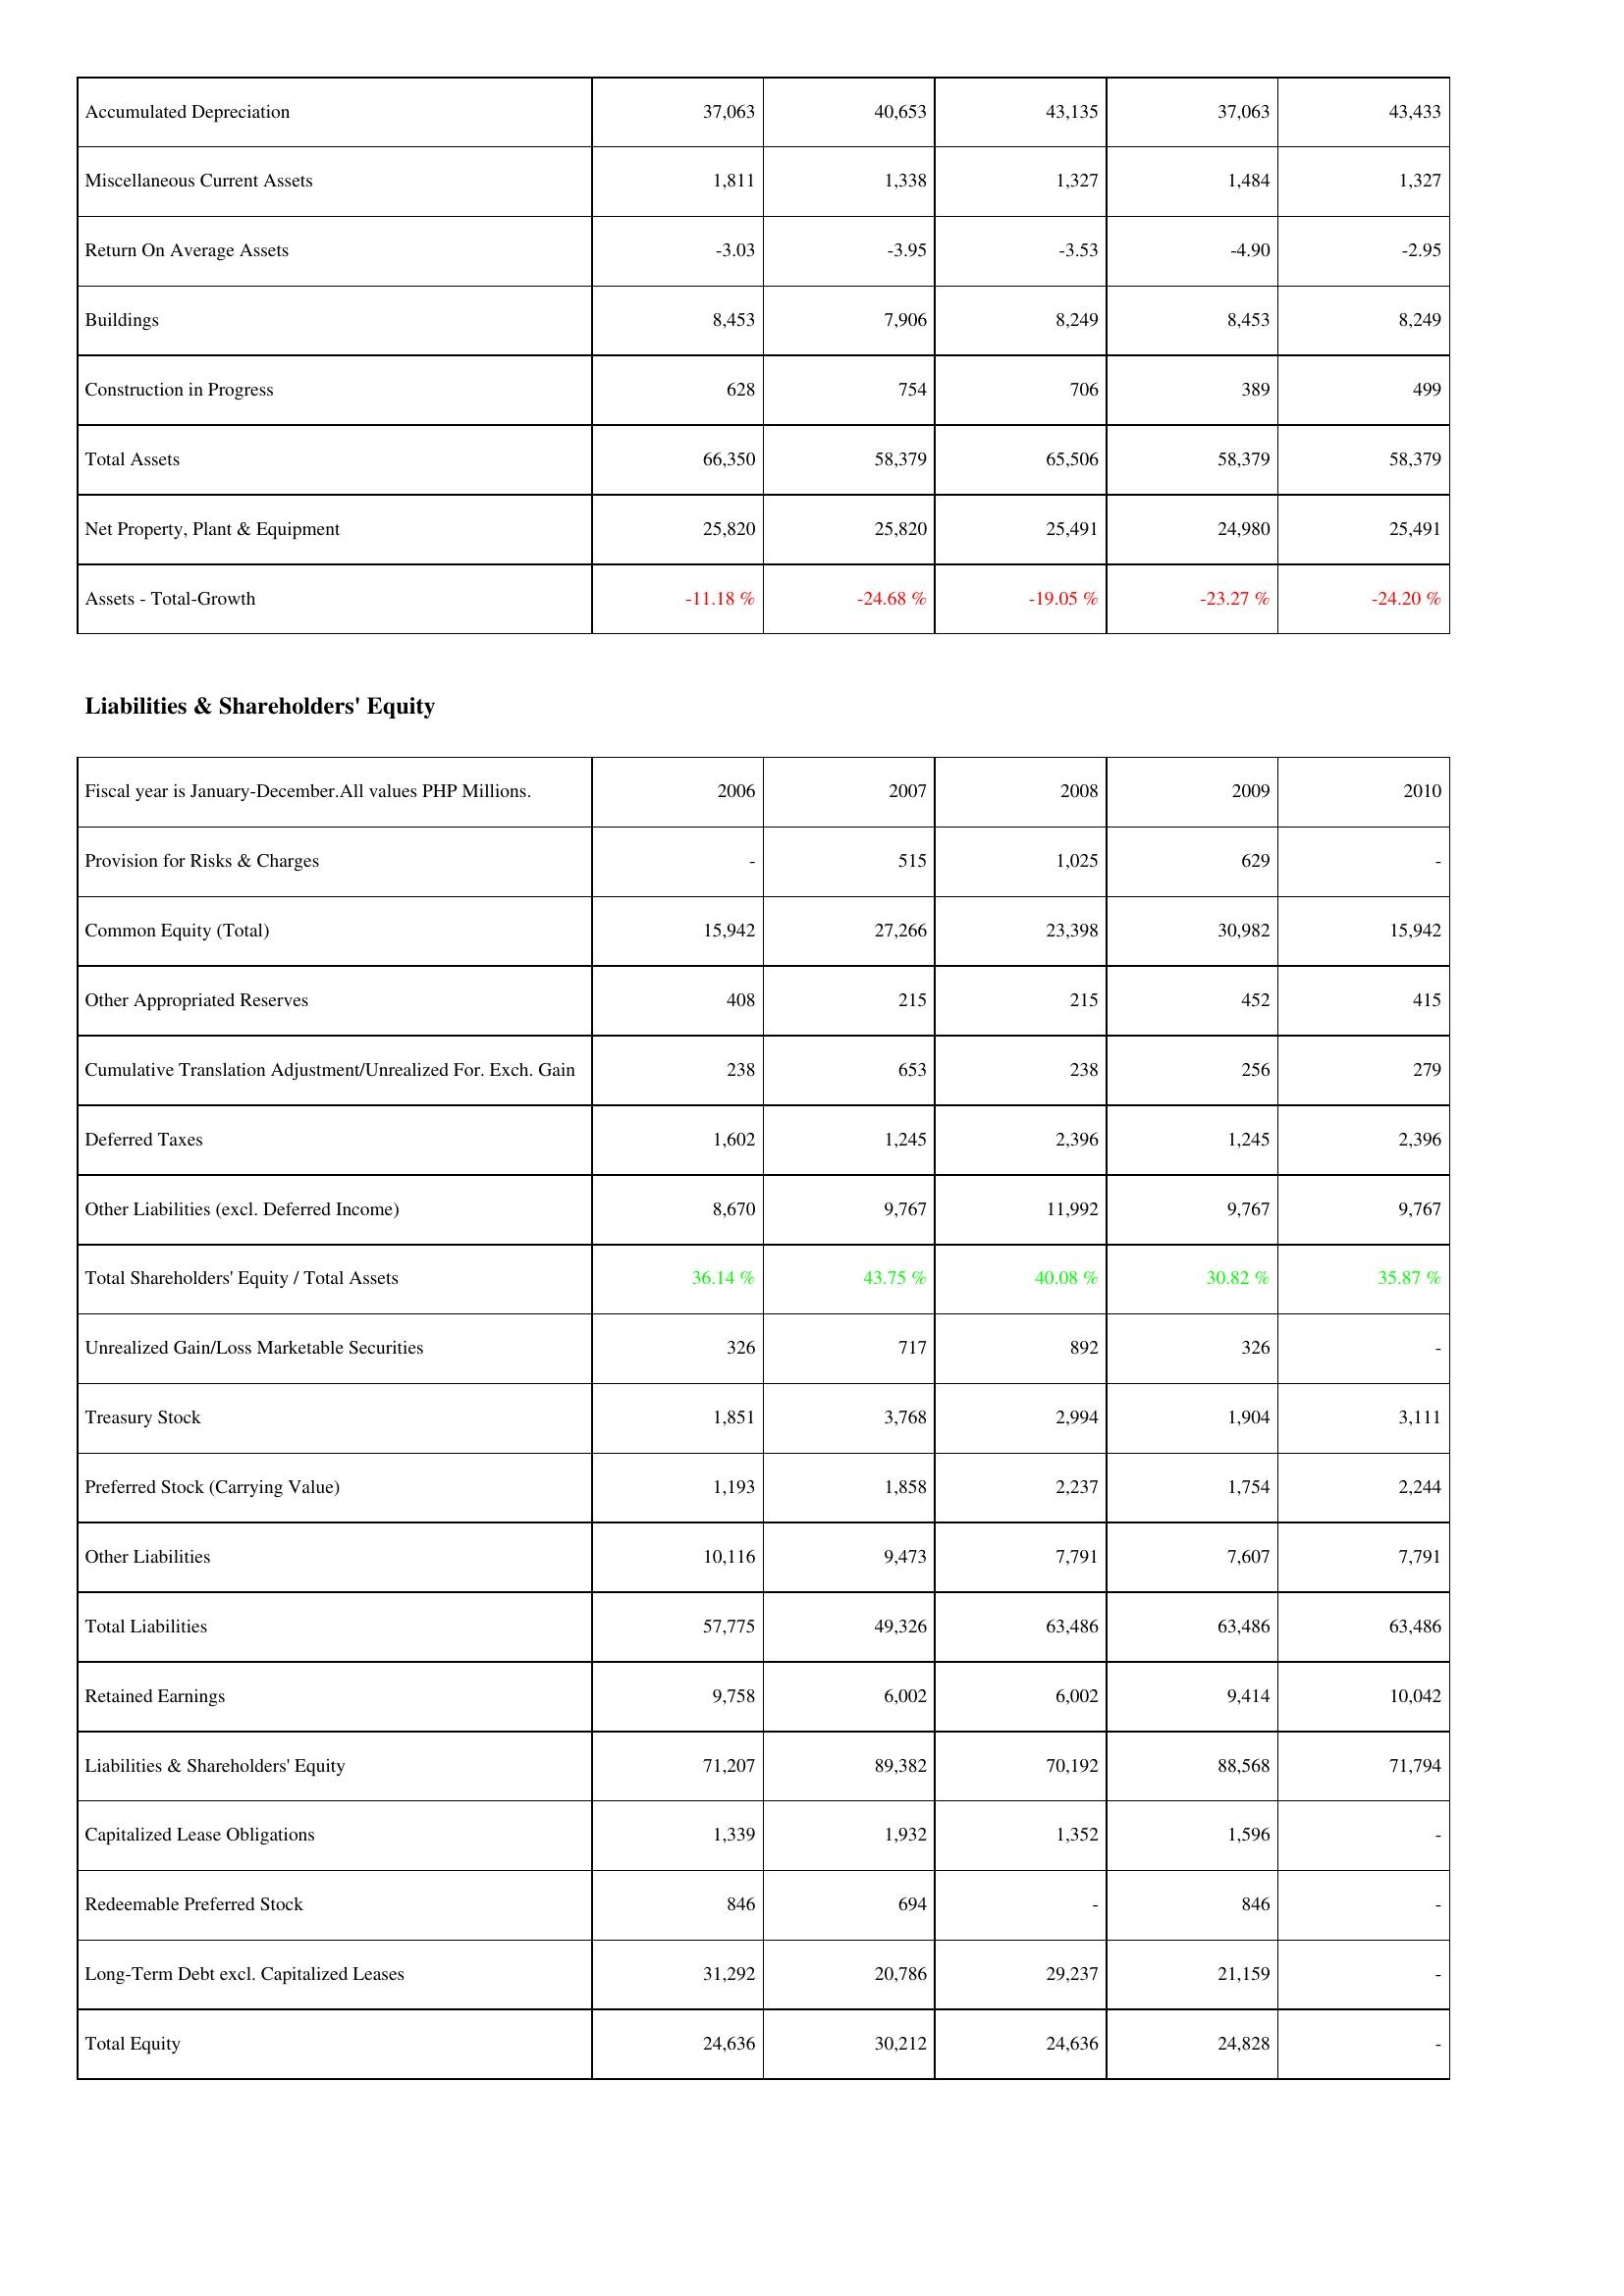
2006: Assets: Accumulated Depreciation: 37,063
Miscellaneous Current Assets: 1,811
Return On Average Assets: -3.03
Buildings: 8,453
Construction in Progress: 628
Total Assets: 66,350
Net Property, Plant & Equipment: 25,820
Assets - Total-Growth: -11.18 %
Liabilities & Shareholders' Equity: Provision for Risks & Charges: -
Common Equity (Total): 15,942
Other Appropriated Reserves: 408
Cumulative Translation Adjustment/Unrealized For. Exch. Gain: 238
Deferred Taxes: 1,602
Other Liabilities (excl. Deferred Income): 8,670
Total Shareholders' Equity / Total Assets: 36.14 %
Unrealized Gain/Loss Marketable Securities: 326
Treasury Stock: 1,851
Preferred Stock (Carrying Value): 1,193
Other Liabilities: 10,116
Total Liabilities: 57,775
Retained Earnings: 9,758
Liabilities & Shareholders' Equity: 71,207
Capitalized Lease Obligations: 1,339
Redeemable Preferred Stock: 846
Long-Term Debt excl. Capitalized Leases: 31,292
Total Equity: 24,636
2007: Assets: Accumulated Depreciation: 40,653
Miscellaneous Current Assets: 1,338
Return On Average Assets: -3.95
Buildings: 7,906
Construction in Progress: 754
Total Assets: 58,379
Net Property, Plant & Equipment: 25,820
Assets - Total-Growth: -24.68 %
Liabilities & Shareholders' Equity: Provision for Risks & Charges: 515
Common Equity (Total): 27,266
Other Appropriated Reserves: 215
Cumulative Translation Adjustment/Unrealized For. Exch. Gain: 653
Deferred Taxes: 1,245
Other Liabilities (excl. Deferred Income): 9,767
Total Shareholders' Equity / Total Assets: 43.75 %
Unrealized Gain/Loss Marketable Securities: 717
Treasury Stock: 3,768
Preferred Stock (Carrying Value): 1,858
Other Liabilities: 9,473
Total Liabilities: 49,326
Retained Earnings: 6,002
Liabilities & Shareholders' Equity: 89,382
Capitalized Lease Obligations: 1,932
Redeemable Preferred Stock: 694
Long-Term Debt excl. Capitalized Leases: 20,786
Total Equity: 30,212
2008: Assets: Accumulated Depreciation: 43,135
Miscellaneous Current Assets: 1,327
Return On Average Assets: -3.53
Buildings: 8,249
Construction in Progress: 706
Total Assets: 65,506
Net Property, Plant & Equipment: 25,491
Assets - Total-Growth: -19.05 %
Liabilities & Shareholders' Equity: Provision for Risks & Charges: 1,025
Common Equity (Total): 23,398
Other Appropriated Reserves: 215
Cumulative Translation Adjustment/Unrealized For. Exch. Gain: 238
Deferred Taxes: 2,396
Other Liabilities (excl. Deferred Income): 11,992
Total Shareholders' Equity / Total Assets: 40.08 %
Unrealized Gain/Loss Marketable Securities: 892
Treasury Stock: 2,994
Preferred Stock (Carrying Value): 2,237
Other Liabilities: 7,791
Total Liabilities: 63,486
Retained Earnings: 6,002
Liabilities & Shareholders' Equity: 70,192
Capitalized Lease Obligations: 1,352
Redeemable Preferred Stock: -
Long-Term Debt excl. Capitalized Leases: 29,237
Total Equity: 24,636
2009: Assets: Accumulated Depreciation: 37,063
Miscellaneous Current Assets: 1,484
Return On Average Assets: -4.90
Buildings: 8,453
Construction in Progress: 389
Total Assets: 58,379
Net Property, Plant & Equipment: 24,980
Assets - Total-Growth: -23.27 %
Liabilities & Shareholders' Equity: Provision for Risks & Charges: 629
Common Equity (Total): 30,982
Other Appropriated Reserves: 452
Cumulative Translation Adjustment/Unrealized For. Exch. Gain: 256
Deferred Taxes: 1,245
Other Liabilities (excl. Deferred Income): 9,767
Total Shareholders' Equity / Total Assets: 30.82 %
Unrealized Gain/Loss Marketable Securities: 326
Treasury Stock: 1,904
Preferred Stock (Carrying Value): 1,754
Other Liabilities: 7,607
Total Liabilities: 63,486
Retained Earnings: 9,414
Liabilities & Shareholders' Equity: 88,568
Capitalized Lease Obligations: 1,596
Redeemable Preferred Stock: 846
Long-Term Debt excl. Capitalized Leases: 21,159
Total Equity: 24,828
2010: Assets: Accumulated Depreciation: 43,433
Miscellaneous Current Assets: 1,327
Return On Average Assets: -2.95
Buildings: 8,249
Construction in Progress: 499
Total Assets: 58,379
Net Property, Plant & Equipment: 25,491
Assets - Total-Growth: -24.20 %
Liabilities & Shareholders' Equity: Provision for Risks & Charges: -
Common Equity (Total): 15,942
Other Appropriated Reserves: 415
Cumulative Translation Adjustment/Unrealized For. Exch. Gain: 279
Deferred Taxes: 2,396
Other Liabilities (excl. Deferred Income): 9,767
Total Shareholders' Equity / Total Assets: 35.87 %
Unrealized Gain/Loss Marketable Securities: -
Treasury Stock: 3,111
Preferred Stock (Carrying Value): 2,244
Other Liabilities: 7,791
Total Liabilities: 63,486
Retained Earnings: 10,042
Liabilities & Shareholders' Equity: 71,794
Capitalized Lease Obligations: -
Redeemable Preferred Stock: -
Long-Term Debt excl. Capitalized Leases: -
Total Equity: -